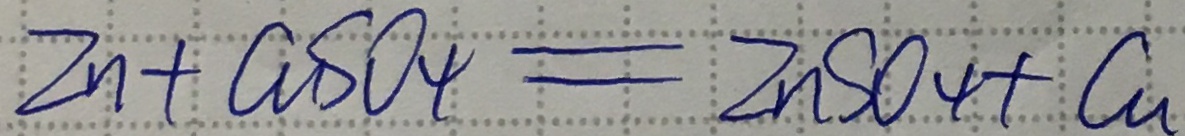
Z n + a S O _ { 4 } = Z n S O _ { 4 } + C u